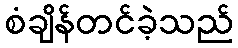
စံချိန်တင်ခဲ့သည်